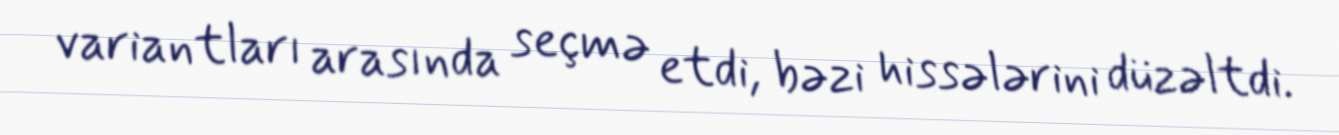
variantları arasında seçmə etdi, bəzi hissələrini düzəltdi.